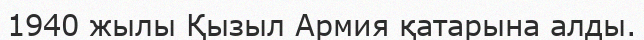
1940 жылы Қызыл Армия қатарына алды.